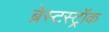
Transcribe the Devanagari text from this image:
ब्रेस्टस्ट्रॉक